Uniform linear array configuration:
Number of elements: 24
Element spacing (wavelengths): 1
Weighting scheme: blackman
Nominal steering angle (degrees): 45
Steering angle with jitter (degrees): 43.267
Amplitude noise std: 0.05
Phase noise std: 0.05

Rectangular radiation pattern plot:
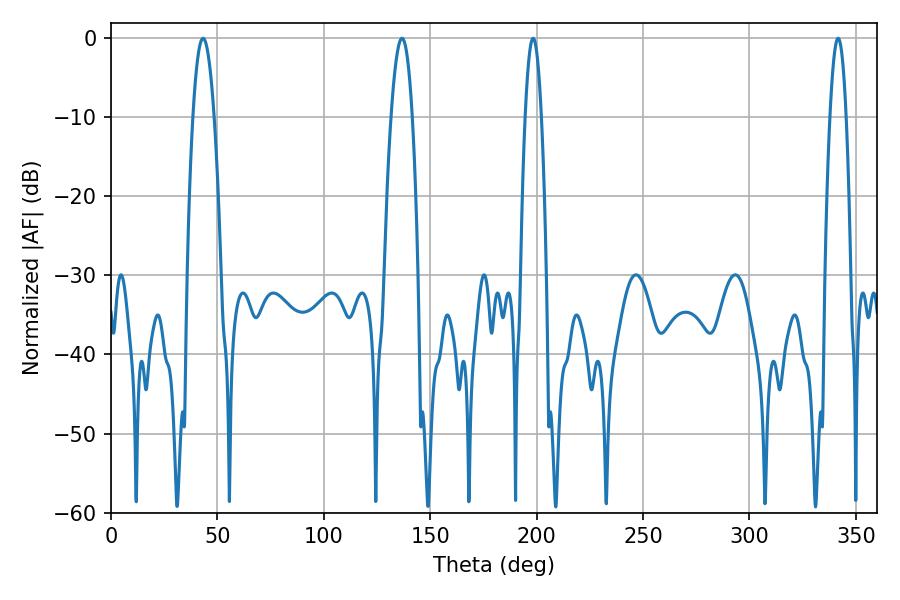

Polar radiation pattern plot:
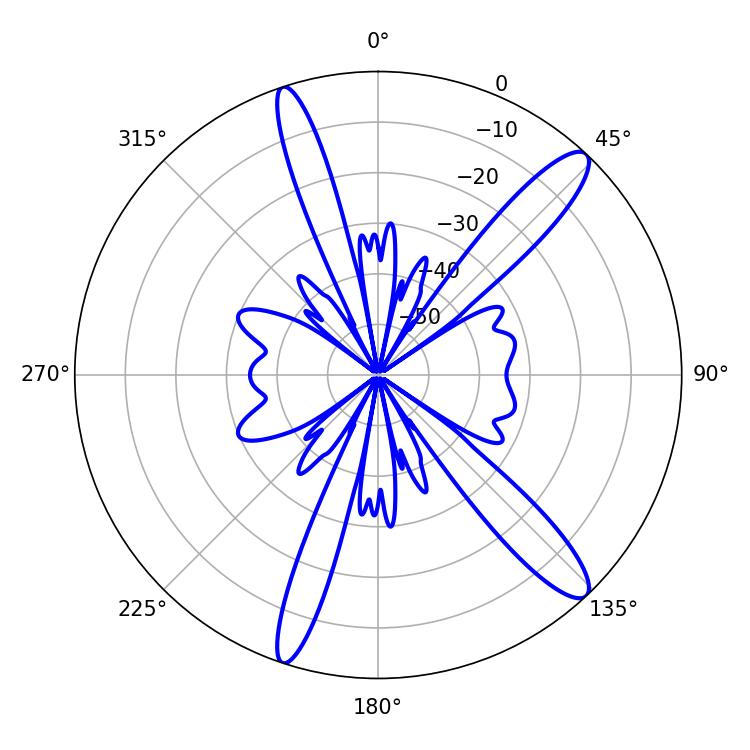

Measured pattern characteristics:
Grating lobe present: TRUE
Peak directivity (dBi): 13.373
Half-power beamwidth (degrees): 3.96
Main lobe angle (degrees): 198.36